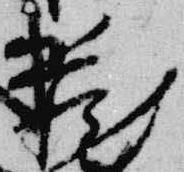
蔵